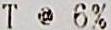
T @ 6%